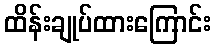
ထိန်းချုပ်ထားကြောင်း